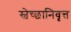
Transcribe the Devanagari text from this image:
स्वेच्छानिवृत्त